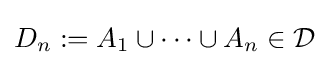
D_{n}:=A_{1}\cup \cdots \cup A_{n}\in {\mathcal {D}}